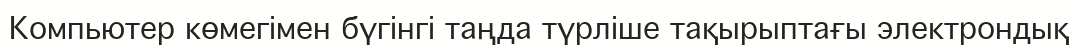
Компьютер көмегімен бүгінгі таңда түрліше тақырыптағы электрондық